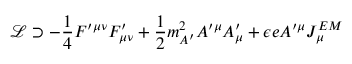
{ \mathcal { L } } \supset - { \frac { 1 } { 4 } } F ^ { \prime \mu \nu } F _ { \mu \nu } ^ { \prime } + { \frac { 1 } { 2 } } m _ { A ^ { \prime } } ^ { 2 } A ^ { \prime \mu } A _ { \mu } ^ { \prime } + \epsilon e A ^ { \prime \mu } J _ { \mu } ^ { E M }